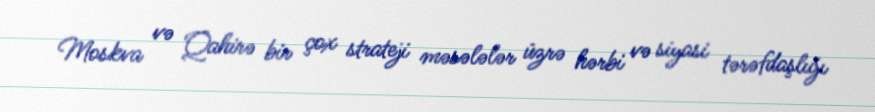
Moskva və Qahirə bir çox strateji məsələlər üzrə hərbi və siyasi tərəfdaşlığı